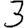
Digit: 3